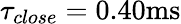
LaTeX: \tau_{close}=0.40\mathrm{ms}